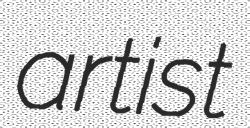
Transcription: artist